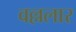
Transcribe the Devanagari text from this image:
वल्ललार